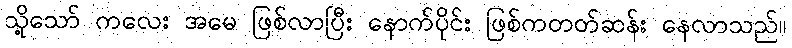
သို့သော် ကလေး အမေ ဖြစ်လာပြီး နောက်ပိုင်း ဖြစ်ကတတ်ဆန်း နေလာသည်။